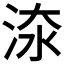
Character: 𣵟